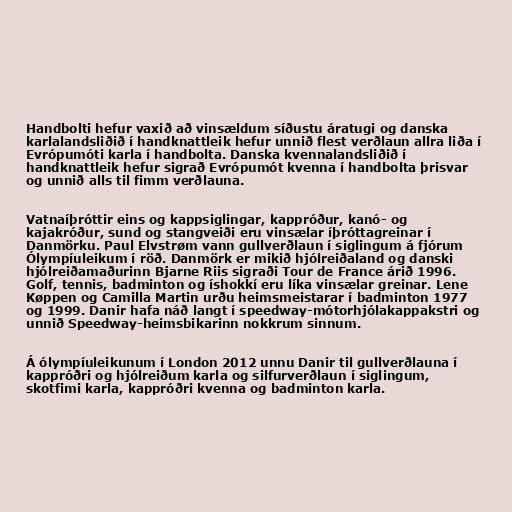
Handbolti hefur vaxið að vinsældum síðustu áratugi og danska
karlalandsliðið í handknattleik hefur unnið flest verðlaun allra liða í
Evrópumóti karla í handbolta. Danska kvennalandsliðið í
handknattleik hefur sigrað Evrópumót kvenna í handbolta þrisvar
og unnið alls til fimm verðlauna.

Vatnaíþróttir eins og kappsiglingar, kappróður, kanó- og
kajakróður, sund og stangveiði eru vinsælar íþróttagreinar í
Danmörku. Paul Elvstrøm vann gullverðlaun í siglingum á fjórum
Ólympíuleikum í röð. Danmörk er mikið hjólreiðaland og danski
hjólreiðamaðurinn Bjarne Riis sigraði Tour de France árið 1996.
Golf, tennis, badminton og íshokkí eru líka vinsælar greinar. Lene
Køppen og Camilla Martin urðu heimsmeistarar í badminton 1977
og 1999. Danir hafa náð langt í speedway-mótorhjólakappakstri og
unnið Speedway-heimsbikarinn nokkrum sinnum.

Á ólympíuleikunum í London 2012 unnu Danir til gullverðlauna í
kappróðri og hjólreiðum karla og silfurverðlaun í siglingum,
skotfimi karla, kappróðri kvenna og badminton karla.